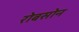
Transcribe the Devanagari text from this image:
रोबसोन